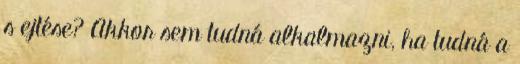
s ejtése? Akkor sem tudná alkalmazni, ha tudná a